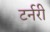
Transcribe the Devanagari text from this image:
टर्नरी